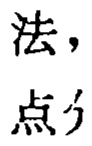
法，点分